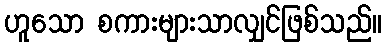
ဟူသော စကားများသာလျှင်ဖြစ်သည်။